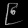
Digit: ၉